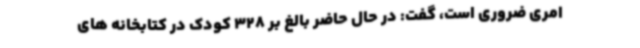
امری ضروری است، گفت: در حال حاضر بالغ بر 328 کودک در کتابخانه های